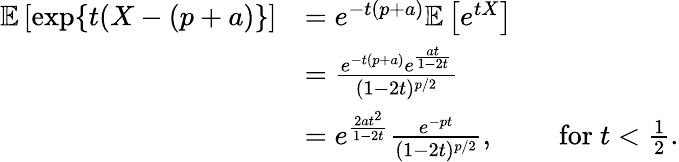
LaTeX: \begin{array}{rl}{\mathbb{E}\left[\exp\{ t(X-(p+a)\} \right]}&{=e^{-t(p+a)}\mathbb{E}\left[e^{tX}\right]}\\ &{=\frac{e^{-t(p+a)}e^{\frac{at}{1-2t}}}{(1-2t)^{p/2}}}\\ &{=e^{\frac{2at^{2}}{1-2t}}\frac{e^{-pt}}{(1-2t)^{p/2}},\qquad\mathrm{~for~}t<\frac{1}{2}.}\end{array}